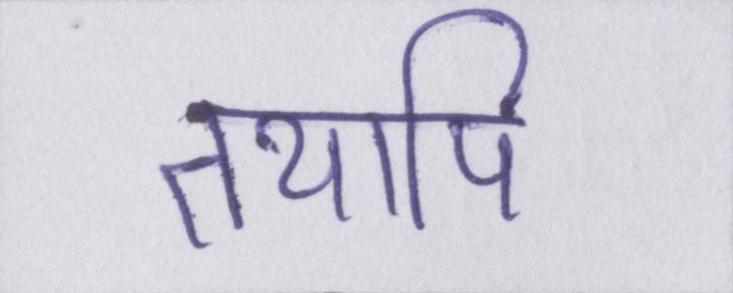
तथापि